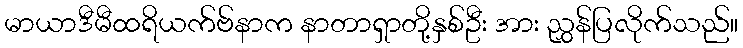
မာယာဒီမီထရိယက်ဗ်နာက နာတာရှာတို့နှစ်ဦး အား ညွှန်ပြလိုက်သည်။